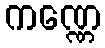
ကဏ္ဏေ